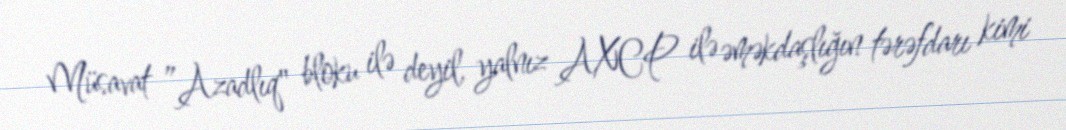
Müsavat ”Azadlıq" bloku ilə deyil, yalnız AXCP ilə əməkdaşlığın tərəfdarı kimi